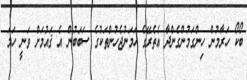
ބޯކޯ ހަރާމުން ހިންގަމުންގެންދާ އެތެރޭގެ ހަމަނުޖެހުންތަކުގެ ސަބަބުން އެ ޤައުމަށް ވަނީ ހަމަ